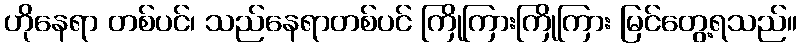
ဟိုနေရာ တစ်ပင်၊ သည်နေရာတစ်ပင် ကြိုကြားကြိုကြား မြင်တွေ့ရသည်။